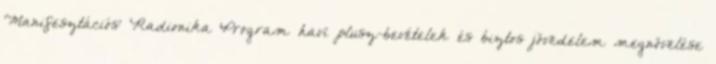
'Manifesztációs' Radionika Program havi plusz-bevételek és biztos jövedelem megnövelése